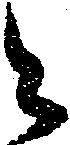
々